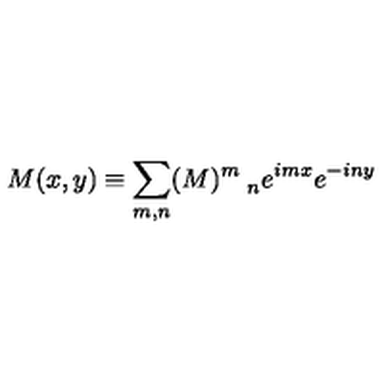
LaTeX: M ( x , y ) \equiv \sum _ { m , n } ( M ) _ { \quad n } ^ { m } e ^ { i m x } e ^ { - i n y }